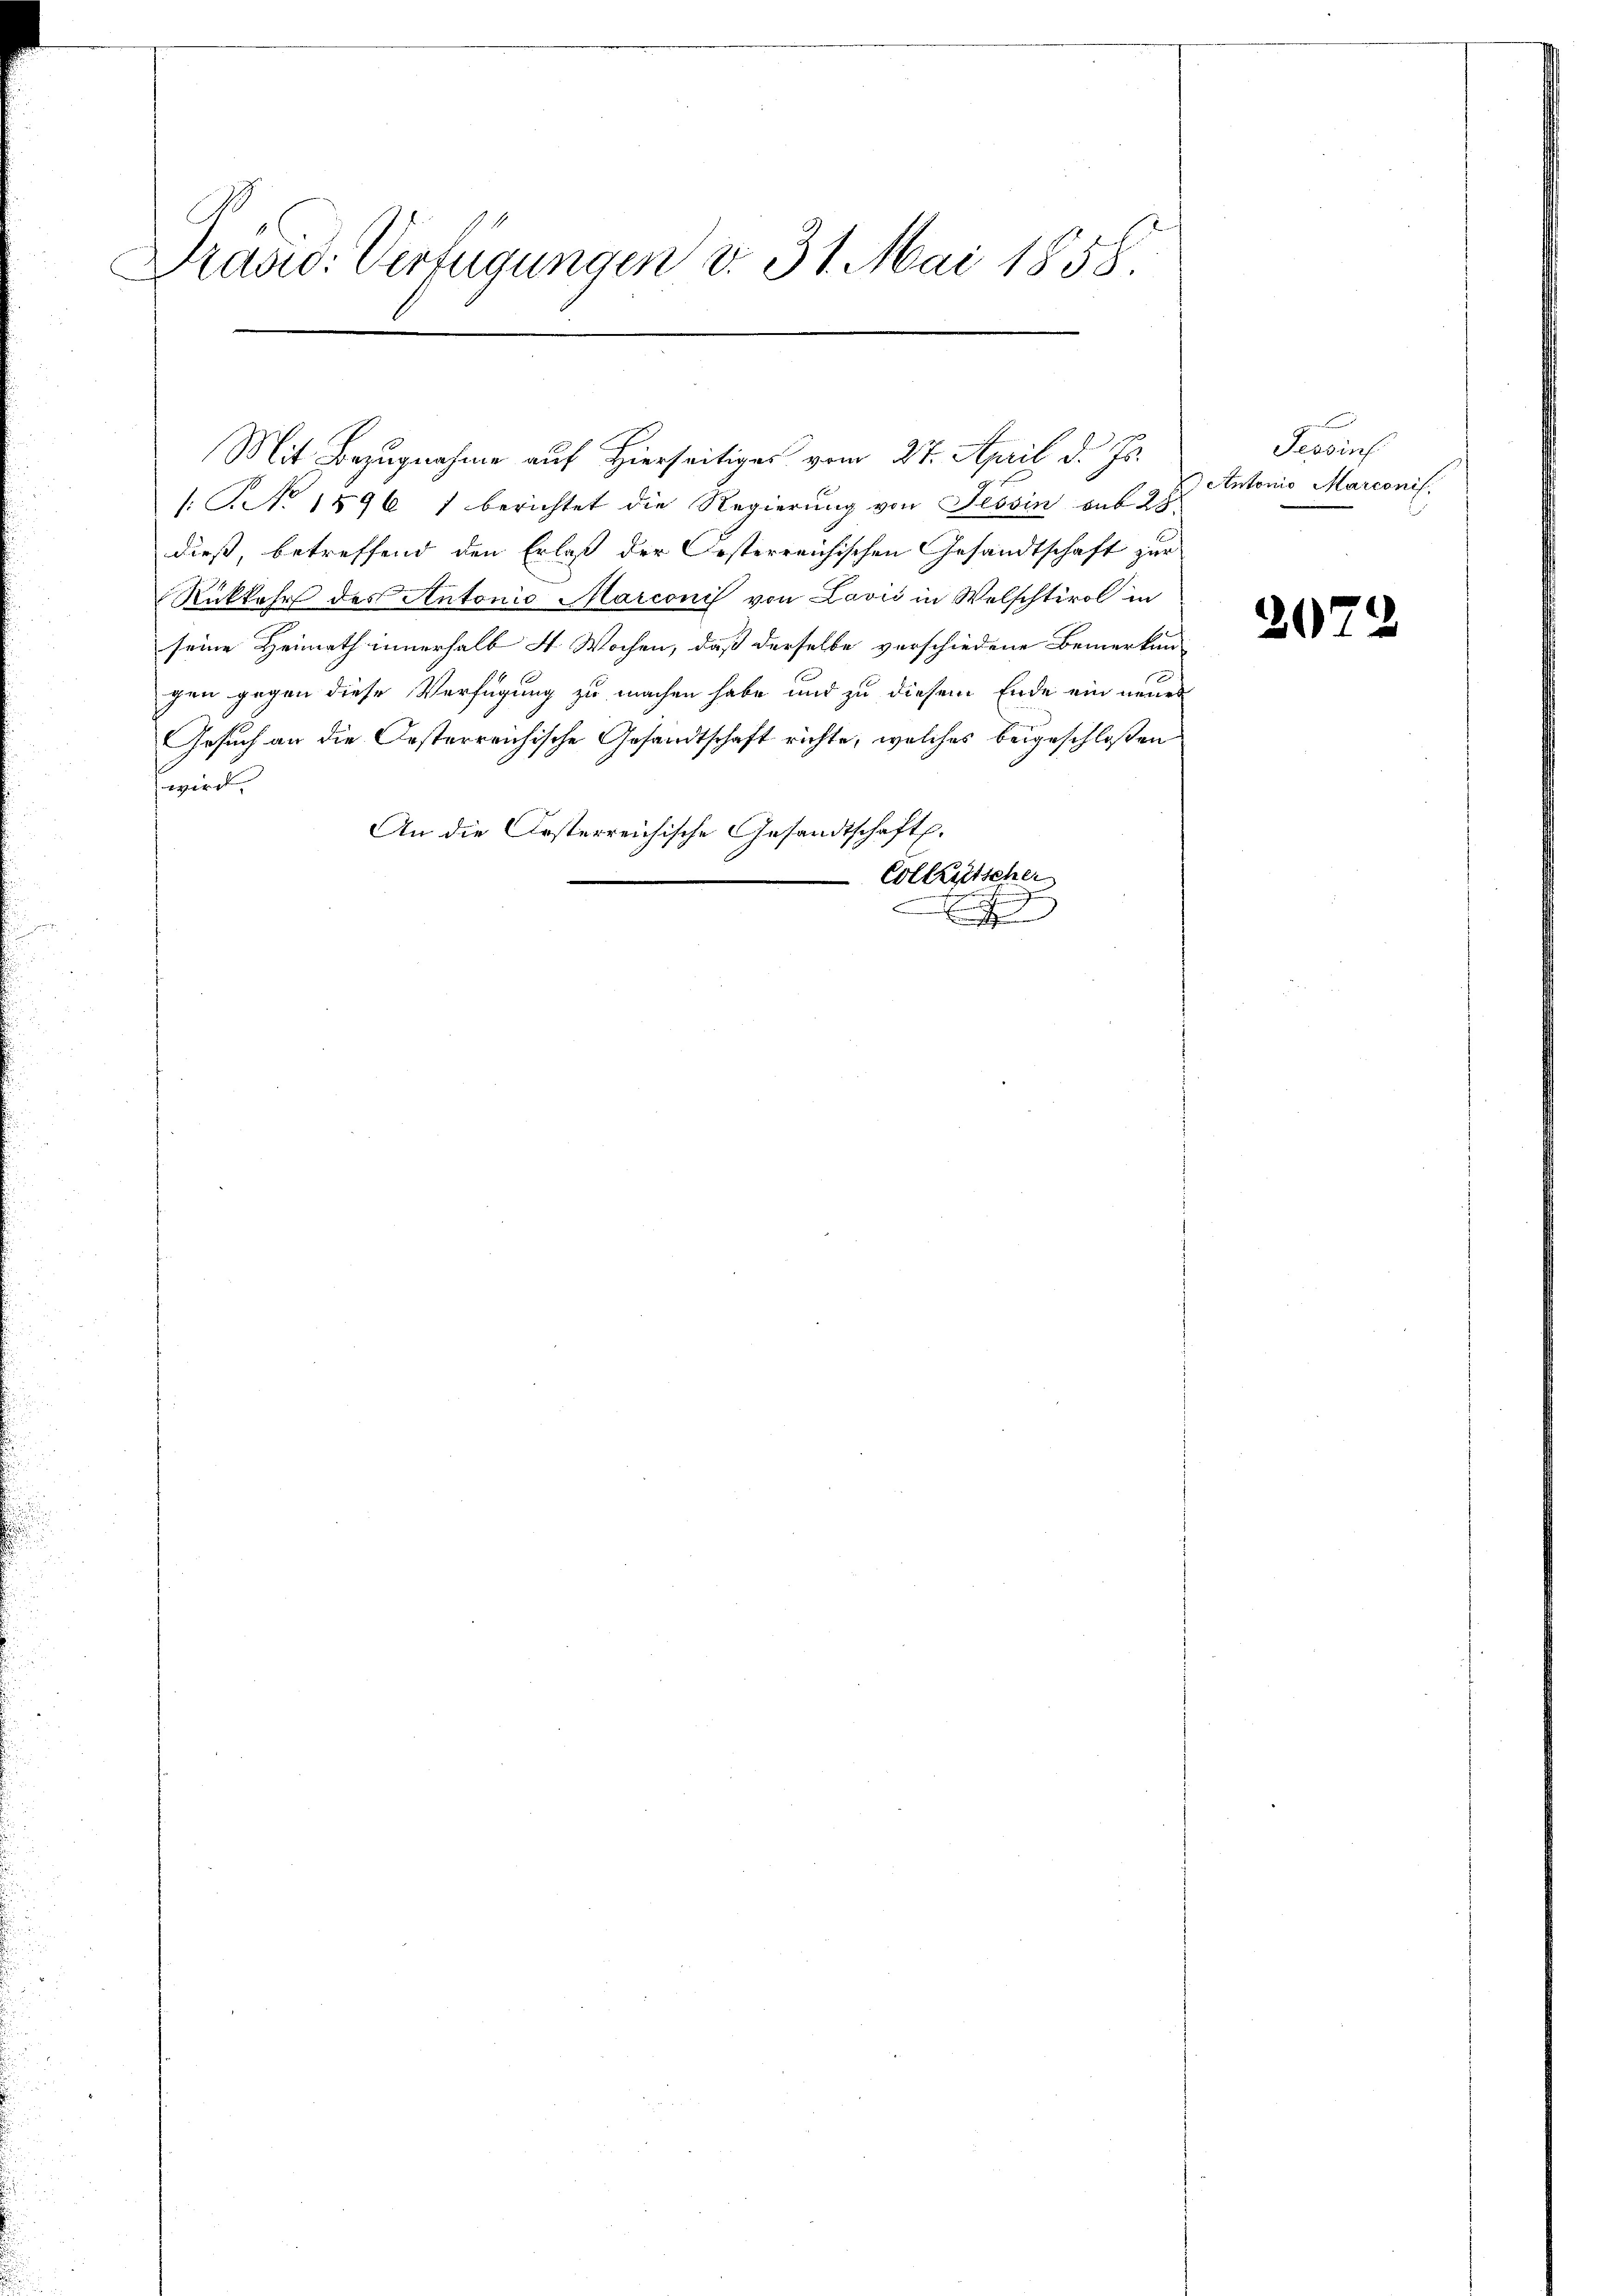
Drario Verfügungen v. 31. Mai 1858.

.No. 1596 1 berichtet die Regierung von Tessin auf 28
dieß, betreffend den Erlaß der Oesterreichischen Gesandtschaft zur
Rückkehr des Antonio Marconis von Lavić in Welschtirol in
seine Heimath innerhalb 4 Wochen, daß derselbe verschiedene Bemerkun
gen gegen diese Verfügung zu machen habe und zu diesem Ende ein neues
Gesuch an die Oesterreichische Gesandtschaft richte, welches beigeschloßen
wird. |
An die Ersterreichische Gesandtschaft.
Collastscher
n

Mit Bezugnahme auf Hierseitiges vom 27. April d. Js.

t
Tessin
) Antonio Marconis.

20)